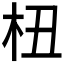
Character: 杻